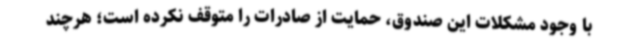
با وجود مشکلات این صندوق، حمایت از صادرات را متوقف نکرده است؛ هرچند